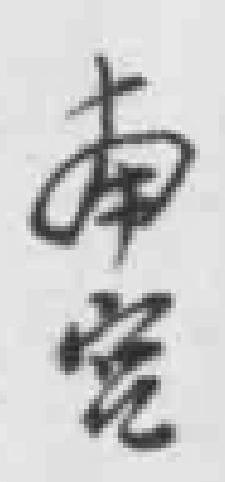
南宮